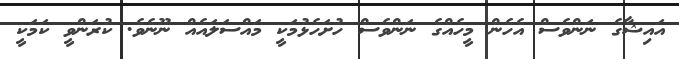
އައިޝާގެ ނަންވެސް އެހެން މީހެއްގެ ނަންވެސް ހުށަހެޅުމަކީ މައްސަލައެއް ނޫނެވެ. ކުރަންވީ ކަމަކީ